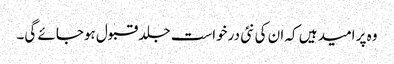
وہ پر امید ہیں کہ ان کی نئی درخواست جلد قبول ہوجائے گی۔